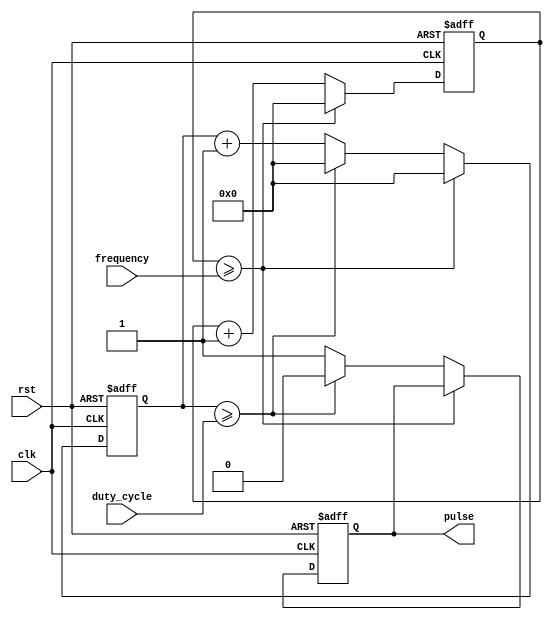
module VariableFreqPulseGenerator(
    input wire clk,
    input wire rst,
    input wire [15:0] frequency,
    input wire [15:0] duty_cycle,
    output reg pulse
);

reg [15:0] period_count;
reg [15:0] duty_count;
reg generate_pulse;

always @(posedge clk or posedge rst) begin
    if (rst) begin
        period_count <= 16'b0;
        duty_count <= 16'b0;
        generate_pulse <= 1'b0;
    end else begin
        if (period_count >= frequency) begin
            period_count <= 16'b0;
            duty_count <= 16'b0;
        end else begin
            period_count <= period_count + 1;
            if (duty_count >= duty_cycle) begin
               duty_count <= 16'b0;
               generate_pulse <= 1'b0;
            end else begin
               duty_count <= duty_count + 1;
               generate_pulse <= 1'b1;
            end
        end
    end
end

assign pulse = generate_pulse;

endmodule